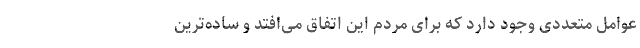
عوامل متعددی وجود دارد که برای مردم این اتفاق می‌افتد و ساده‌ترین